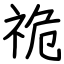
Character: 祪